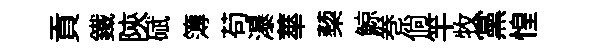
貢鐵陝碔簿苟瀑蕐蔾鯨巻倘竿牧黨惶